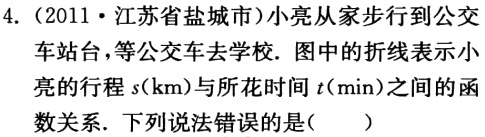
4.（2011·江苏省盐城市）小亮从家步行到公交车站台，等公交车去学校. 图中的折线表示小亮的行程\(s(\text{km})\)与所花时间\(t(\text{min})\)之间的函数关系. 下列说法错误的是(  )